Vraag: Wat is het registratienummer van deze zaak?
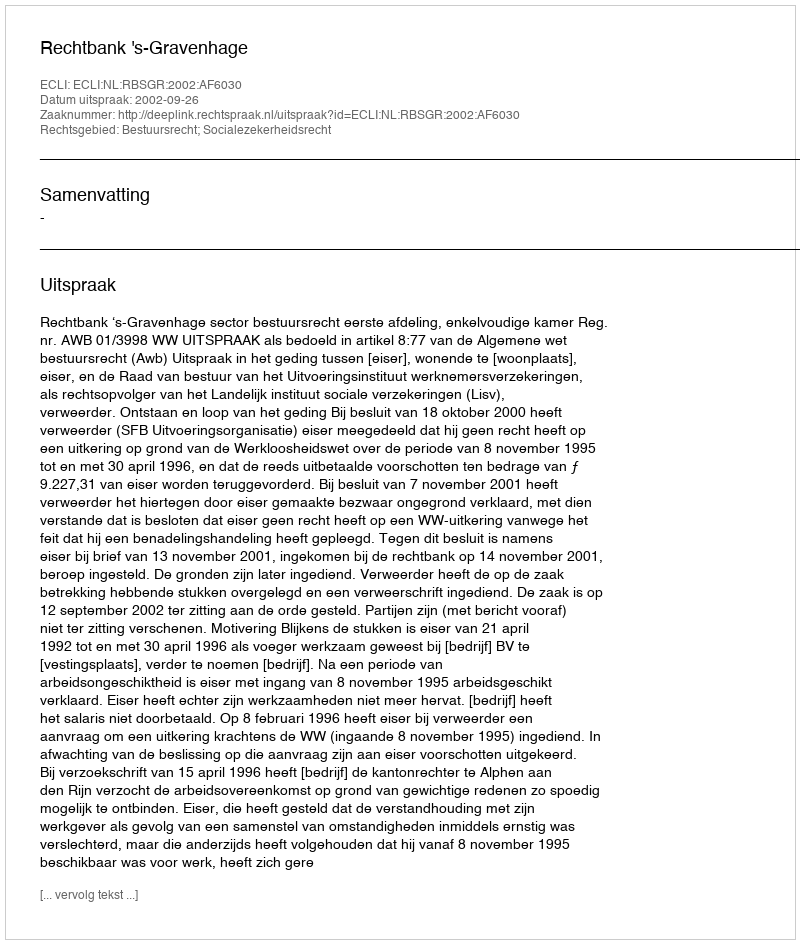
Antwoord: http://deeplink.rechtspraak.nl/uitspraak?id=ECLI:NL:RBSGR:2002:AF6030